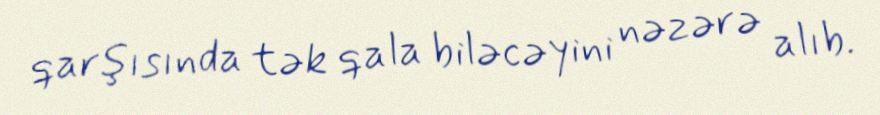
qarşısında tək qala biləcəyini nəzərə alıb.